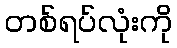
တစ်ရပ်လုံးကို